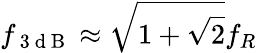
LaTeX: f_{\mathrm{~3~d~B~}}\approx\sqrt{1+\sqrt{2}}f_{R}